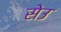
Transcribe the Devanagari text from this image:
सेउ